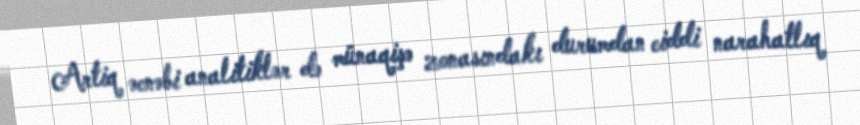
Artiq əcnəbi analitiklər də münaqişə zonasındakı durumdan ciddi narahatlıq